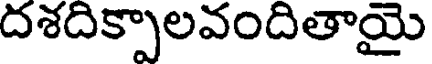
దశదిక్పాలవందితాయై